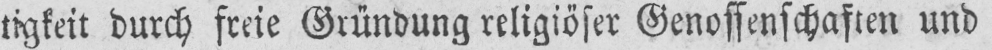
tigkeit durch freie Gründung religiöser Genossenschaften und